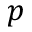
p